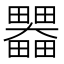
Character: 𤴄